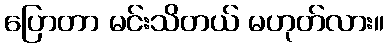
ပြောတာ မင်းသိတယ် မဟုတ်လား။